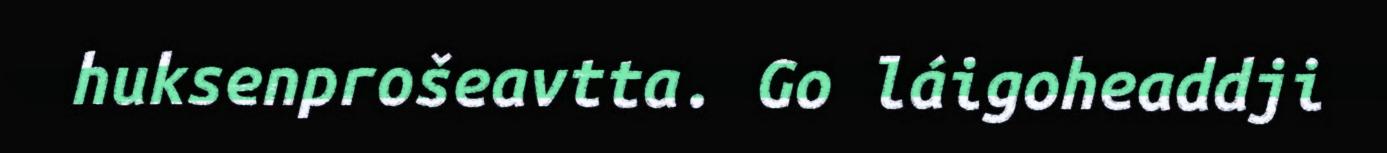
huksenprošeavtta. Go láigoheaddji